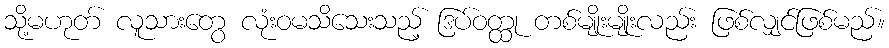
သို့မဟုတ် လူသားတွေ လုံးဝမသိသေးသည့် ဒြပ်ဝတ္ထု တစ်မျိုးမျိုးလည်း ဖြစ်လျှင်ဖြစ်မည်။